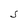
Character: S